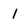
Character: 1